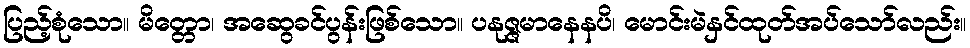
ပြည့်စုံသော။ မိတ္တော၊ အဆွေခင်ပွန်းဖြစ်သော။ ပနုဇ္ဇမာနေနပိ၊ မောင်းမဲနှင်ထုတ်အပ်သော်လည်း။